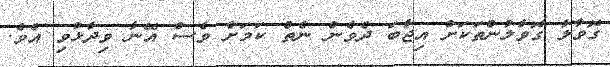
ގޮވާލާ ގޮވާލުންތަކަށް އިޖާބަ ދެވެން ނެތް ކަމަށް ވެސް އޭނާ ވިދާޅުވި އެވެ.